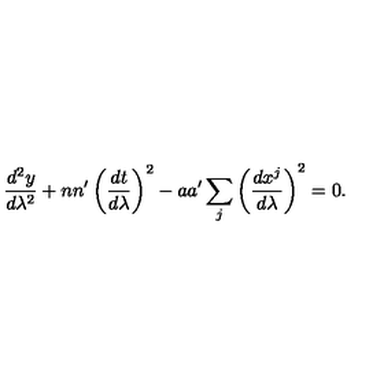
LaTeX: { \frac { d ^ { 2 } y } { d \lambda ^ { 2 } } } + n n ^ { \prime } \left( { \frac { d t } { d \lambda } } \right) ^ { 2 } - a a ^ { \prime } \sum _ { j } \left( { \frac { d x ^ { j } } { d \lambda } } \right) ^ { 2 } = 0 .